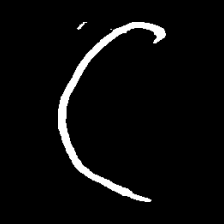
Pyu character \u2014 Myanmar letter: ဋ (romanized: tta)